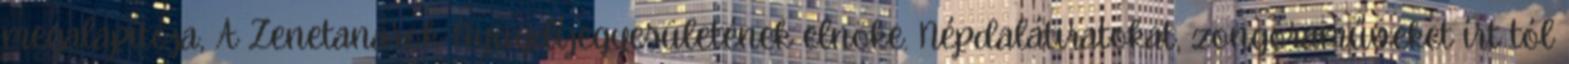
megalapítója, A Zenetanárok Nyugdíjegyesületének elnöke. Népdalátiratokat, zongoraműveket írt tól